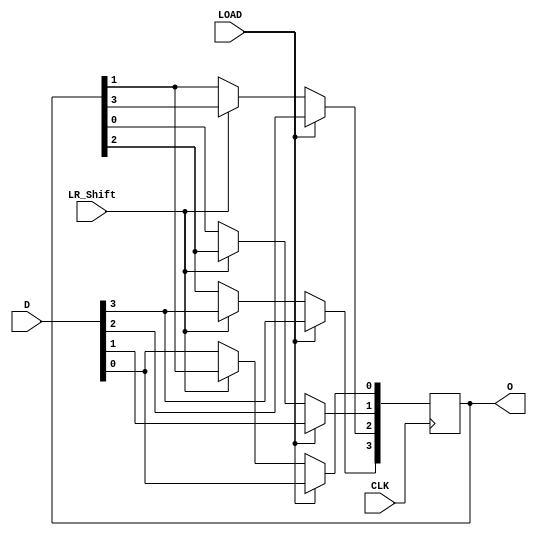
`timescale 1ns / 1ps
module Shift_Register(
    input wire CLK,
    input wire LOAD,
    input wire LR_Shift,
    input wire [3:0]D,
    output reg [3:0]O
    );
always @(posedge CLK) 
begin
    if(LOAD == 1) 
    begin
    O<=D;
    end
    else 
    begin 
    if(LR_Shift == 0)
    begin
    O[0] <= D[0];
    O[1] <= O[0];
    O[2] <= O[1];
    O[3] <= O[2];
    end
    if(LR_Shift == 1)
    begin
    O[0] <= O[1];
    O[1] <= O[2];
    O[2] <= O[3];
    O[3] <= D[3];
    end
  end
end
endmodule